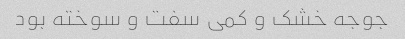
جوجه خشک و کمی سفت و سوخته بود